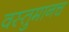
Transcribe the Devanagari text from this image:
वस्तुमानच